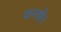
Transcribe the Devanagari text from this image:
वानयोर